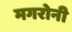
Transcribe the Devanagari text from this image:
मगरोनी